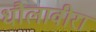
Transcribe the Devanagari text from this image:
धौलावीरा